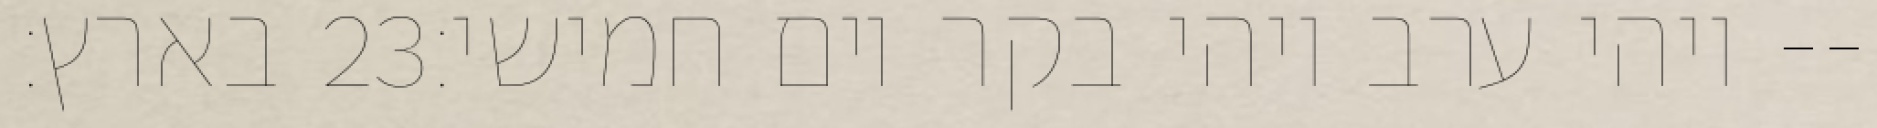
בארץ׃ ‎23‏ ויהי ערב ויהי בקר יום חמישי׃--